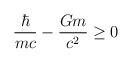
LaTeX: \begin{align*}\frac{\hbar}{ mc} - \frac{Gm}{c^2} \geq 0\end{align*}